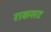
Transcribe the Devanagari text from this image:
राकसट